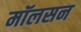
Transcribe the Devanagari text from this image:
मॉलसन